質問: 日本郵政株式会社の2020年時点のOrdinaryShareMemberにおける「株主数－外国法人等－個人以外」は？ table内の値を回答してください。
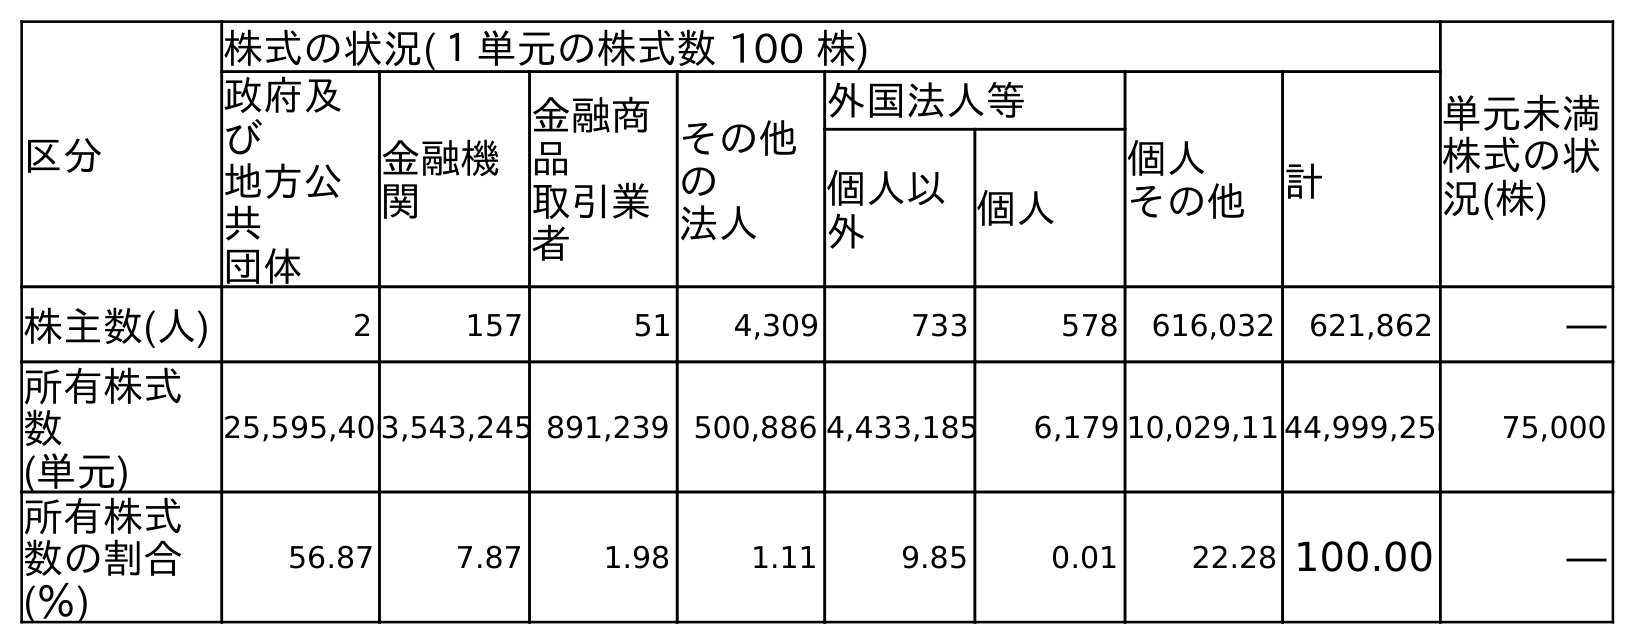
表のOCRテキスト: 区分 株式の状況(１単元の株式数 100 株) 単元未満 株式の状 況(株) 政府及 び 地方公 共 団体 金融機 関 金融商 品 取引業 者 その他 の 法人 外国法人等 個人 その他 計 個人以 外 個人 株主数(人) 2 157 51 4,309 733 578 616,032 621,862 ― 所有株式 数 (単元) 25,595,4063,543,245 891,239 500,886 4,433,185 6,179 10,029,11044,999,250 75,000 所有株式 数の割合 (％) 56.87 7.87 1.98 1.11 9.85 0.01 22.28 100.00 ―
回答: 733